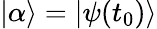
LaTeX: |\alpha\rangle=|\psi(t_{0})\rangle